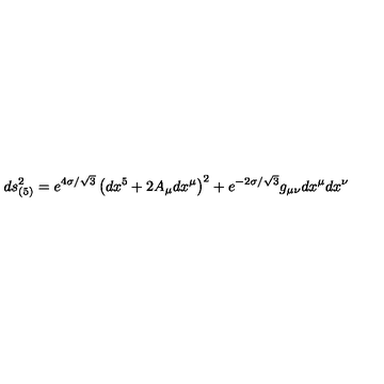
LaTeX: d s _ { ( 5 ) } ^ { 2 } = e ^ { 4 \sigma / \sqrt { 3 } } \left( d x ^ { 5 } + 2 A _ { \mu } d x ^ { \mu } \right) ^ { 2 } + e ^ { - 2 \sigma / \sqrt { 3 } } g _ { \mu \nu } d x ^ { \mu } d x ^ { \nu }